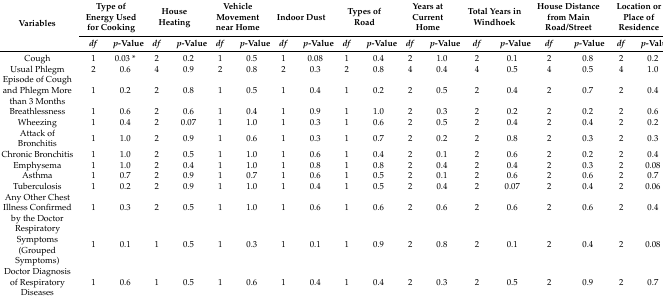
<table><thead><tr><td rowspan="2"><b>Variables</b></td><td colspan="2"><b>Type of Energy Used for Cooking</b></td><td colspan="2"><b>House Heating</b></td><td colspan="2"><b>Vehicle Movement near Home</b></td><td colspan="2"><b>Indoor Dust</b></td><td colspan="2"><b>Types of Road</b></td><td colspan="2"><b>Years at Current Home</b></td><td colspan="2"><b>Total Years in Windhoek</b></td><td colspan="2"><b>House Distance from Main Road/Street</b></td><td colspan="2"><b>Location or Place of Residence</b></td></tr><tr><td><b><i>df</i></b></td><td><b><i>p</i>-Value</b></td><td><b><i>df</i></b></td><td><b><i>p</i>-Value</b></td><td><b><i>df</i></b></td><td><b><i>p</i>-Value</b></td><td><b><i>df</i></b></td><td><b><i>p</i>-Value</b></td><td><b><i>df</i></b></td><td><b><i>p</i>-Value</b></td><td><b><i>df</i></b></td><td><b><i>p</i>-Value</b></td><td><b><i>df</i></b></td><td><b><i>p</i>-Value</b></td><td><b><i>df</i></b></td><td><b><i>p</i>-Value</b></td><td><b><i>df</i></b></td><td><b><i>p</i>-Value</b></td></tr></thead><tbody><tr><td>Cough</td><td>1</td><td>0.03 *</td><td>2</td><td>0.2</td><td>1</td><td>0.5</td><td>1</td><td>0.08</td><td>1</td><td>0.4</td><td>2</td><td>1.0</td><td>2</td><td>0.1</td><td>2</td><td>0.8</td><td>2</td><td>0.2</td></tr><tr><td>Usual Phlegm</td><td>2</td><td>0.6</td><td>4</td><td>0.9</td><td>2</td><td>0.8</td><td>2</td><td>0.3</td><td>2</td><td>0.8</td><td>4</td><td>0.4</td><td>4</td><td>0.5</td><td>4</td><td>0.5</td><td>4</td><td>1.0</td></tr><tr><td>Episode of Cough and Phlegm More than 3 Months</td><td>1</td><td>0.2</td><td>2</td><td>0.8</td><td>1</td><td>0.5</td><td>1</td><td>0.4</td><td>1</td><td>0.2</td><td>2</td><td>0.5</td><td>2</td><td>0.4</td><td>2</td><td>0.7</td><td>2</td><td>0.4</td></tr><tr><td>Breathlessness</td><td>1</td><td>0.6</td><td>2</td><td>0.6</td><td>1</td><td>0.4</td><td>1</td><td>0.9</td><td>1</td><td>1.0</td><td>2</td><td>0.3</td><td>2</td><td>0.2</td><td>2</td><td>0.2</td><td>2</td><td>0.6</td></tr><tr><td>Wheezing</td><td>1</td><td>0.4</td><td>2</td><td>0.07</td><td>1</td><td>1.0</td><td>1</td><td>0.3</td><td>1</td><td>0.6</td><td>2</td><td>0.5</td><td>2</td><td>0.4</td><td>2</td><td>0.4</td><td>2</td><td>0.2</td></tr><tr><td>Attack of Bronchitis</td><td>1</td><td>1.0</td><td>2</td><td>0.9</td><td>1</td><td>0.6</td><td>1</td><td>0.3</td><td>1</td><td>0.7</td><td>2</td><td>0.2</td><td>2</td><td>0.8</td><td>2</td><td>0.3</td><td>2</td><td>0.3</td></tr><tr><td>Chronic Bronchitis</td><td>1</td><td>1.0</td><td>2</td><td>0.5</td><td>1</td><td>1.0</td><td>1</td><td>0.6</td><td>1</td><td>0.4</td><td>2</td><td>0.1</td><td>2</td><td>0.6</td><td>2</td><td>0.2</td><td>2</td><td>0.4</td></tr><tr><td>Emphysema</td><td>1</td><td>1.0</td><td>2</td><td>0.4</td><td>1</td><td>1.0</td><td>1</td><td>0.8</td><td>1</td><td>0.8</td><td>2</td><td>0.4</td><td>2</td><td>0.4</td><td>2</td><td>0.3</td><td>2</td><td>0.08</td></tr><tr><td>Asthma</td><td>1</td><td>0.7</td><td>2</td><td>0.9</td><td>1</td><td>0.7</td><td>1</td><td>0.6</td><td>1</td><td>0.5</td><td>2</td><td>0.1</td><td>2</td><td>0.6</td><td>2</td><td>0.6</td><td>2</td><td>0.7</td></tr><tr><td>Tuberculosis</td><td>1</td><td>0.2</td><td>2</td><td>0.9</td><td>1</td><td>1.0</td><td>1</td><td>0.4</td><td>1</td><td>0.5</td><td>2</td><td>0.4</td><td>2</td><td>0.07</td><td>2</td><td>0.4</td><td>2</td><td>0.06</td></tr><tr><td>Any Other Chest Illness Confirmed by the Doctor</td><td>1</td><td>0.3</td><td>2</td><td>0.5</td><td>1</td><td>1.0</td><td>1</td><td>0.6</td><td>1</td><td>0.6</td><td>2</td><td>0.6</td><td>2</td><td>0.6</td><td>2</td><td>0.6</td><td>2</td><td>0.4</td></tr><tr><td>Respiratory Symptoms (Grouped Symptoms)</td><td>1</td><td>0.1</td><td>1</td><td>0.5</td><td>1</td><td>0.3</td><td>1</td><td>0.1</td><td>1</td><td>0.9</td><td>2</td><td>0.8</td><td>2</td><td>0.1</td><td>2</td><td>0.4</td><td>2</td><td>0.08</td></tr><tr><td>Doctor Diagnosis of Respiratory Diseases</td><td>1</td><td>0.6</td><td>1</td><td>0.5</td><td>1</td><td>0.6</td><td>1</td><td>0.4</td><td>1</td><td>0.4</td><td>2</td><td>0.3</td><td>2</td><td>0.5</td><td>2</td><td>0.9</td><td>2</td><td>0.7</td></tr></tbody></table>